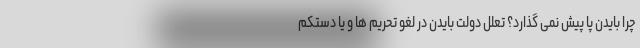
چرا بایدن پا پیش نمی گذارد؟ تعلل دولت بایدن در لغو تحریم ها و یا دستکم